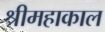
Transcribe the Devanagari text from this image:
श्रीमहाकाल